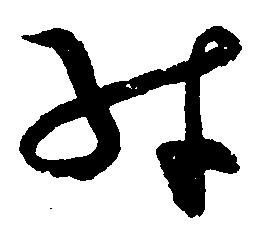
殊